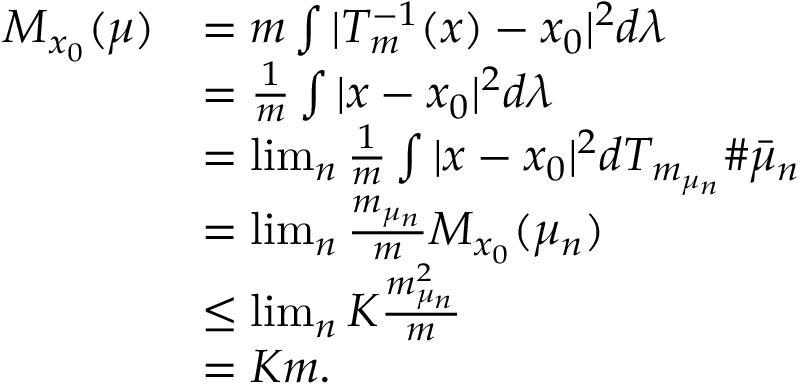
\begin{array} { r l } { M _ { x _ { 0 } } ( \mu ) } & { = m \int \vert T _ { m } ^ { - 1 } ( x ) - x _ { 0 } \vert ^ { 2 } d \lambda } \\ & { = \frac { 1 } { m } \int \vert x - x _ { 0 } \vert ^ { 2 } d \lambda } \\ & { = \operatorname* { l i m } _ { n } \frac { 1 } { m } \int \vert x - x _ { 0 } \vert ^ { 2 } d T _ { m _ { \mu _ { n } } } \# \bar { \mu } _ { n } } \\ & { = \operatorname* { l i m } _ { n } \frac { m _ { \mu _ { n } } } { m } M _ { x _ { 0 } } ( \mu _ { n } ) } \\ & { \le \operatorname* { l i m } _ { n } K \frac { m _ { \mu _ { n } } ^ { 2 } } { m } } \\ & { = K m . } \end{array}